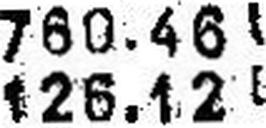
126.12 U